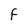
Character: F